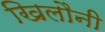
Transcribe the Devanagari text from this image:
खिलौनी